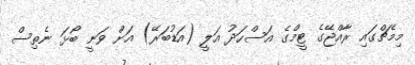
މިމެޗްގައި ރާއްޖޭގެ ޓީމްގެ އަސްހަދު އަލީ (އަޑުބަރޭ) އަށް ވަނީ ބޯޅަ ނެތިސް